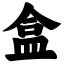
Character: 盒